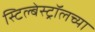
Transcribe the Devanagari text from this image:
स्टिल्बेस्ट्रॉलच्या